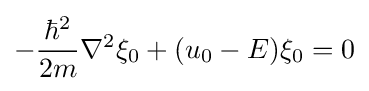
-{\frac {\hbar ^{2}}{2m}}\nabla ^{2}\xi _{0}+(u_{0}-E)\xi _{0}=0